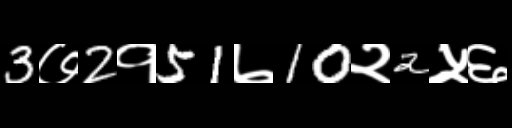
Text: 3७2१51७10२2५६